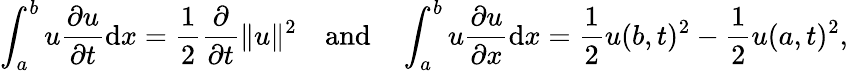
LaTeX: \int_{a}^{b}u{\frac{\partial u}{\partial t}}\mathrm{d}x={\frac{1}{2}}{\frac{\partial}{\partial t}}\| u\| ^{2}\quad{\mathrm{and}}\quad\int_{a}^{b}u{\frac{\partial u}{\partial x}}\mathrm{d}x={\frac{1}{2}}u(b,t)^{2}-{\frac{1}{2}}u(a,t)^{2},